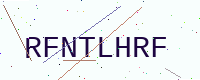
Text: RFNTLHRF